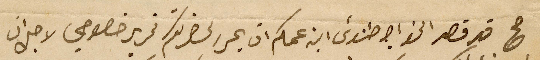
صح قد قصد الخواجه طنوسَ ابن عمكم ان يحرر لحضرتكم تحرير خصوصي لاجل ان